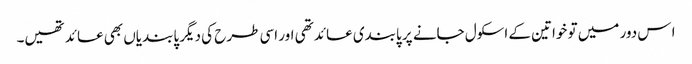
ا س دور میں تو خواتین کے اسکول جانے پر پابندی عائد تھی اور اسی طرح کی دیگر پابندیاں بھی عائد تھیں۔